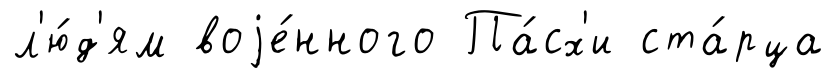
л'ю́д'ям воjе́нного Па́сх'и ста́рца